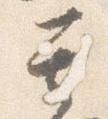
其